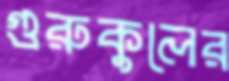
গুরুকুলের